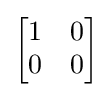
{\begin{bmatrix}1&0\\0&0\end{bmatrix}}